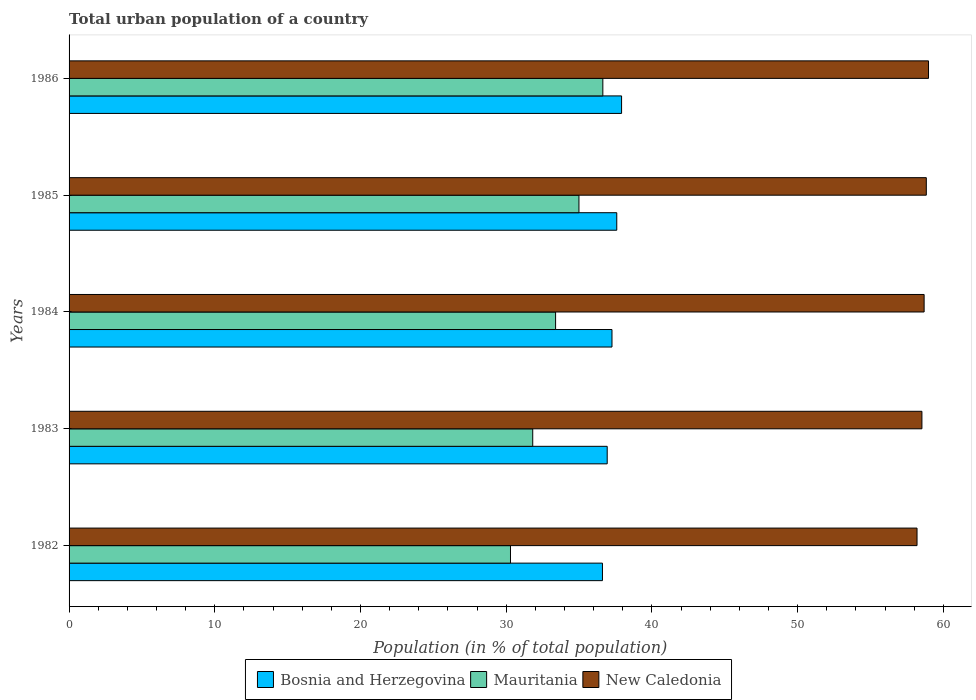
| Years | Bosnia and Herzegovina | Mauritania | New Caledonia |
 | --- | --- | --- | --- |
 | 1982 | 36.6 | 30.3 | 58.2 |
 | 1983 | 36.9 | 31.8 | 58.5 |
 | 1984 | 37.3 | 33.4 | 58.7 |
 | 1985 | 37.6 | 35 | 58.8 |
 | 1986 | 37.9 | 36.6 | 59 |